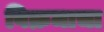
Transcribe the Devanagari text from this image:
विक्रमाचा